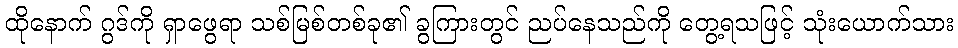
ထိုနောက် ဂွဒ်ကို ရှာဖွေရာ သစ်မြစ်တစ်ခု၏ ခွကြားတွင် ညပ်နေသည်ကို တွေ့ရသဖြင့် သုံးယောက်သား